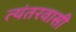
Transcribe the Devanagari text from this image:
त्यंतरवासी